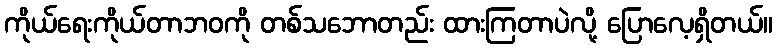
ကိုယ်ရေးကိုယ်တာဘဝကို တစ်သဘောတည်း ထားကြတာပဲလို့ ပြောလေ့ရှိတယ်။